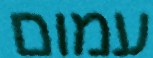
עמום